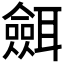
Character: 𦗼